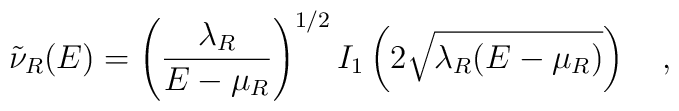
\tilde{\nu}_R(E)=\left({\lambda_R \over E-\mu_R}\right)^{1/2}I_1\left(2\sqrt{\lambda_R(E-\mu_R)}\right)~~~,